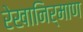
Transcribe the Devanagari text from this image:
रेखानिर्माण